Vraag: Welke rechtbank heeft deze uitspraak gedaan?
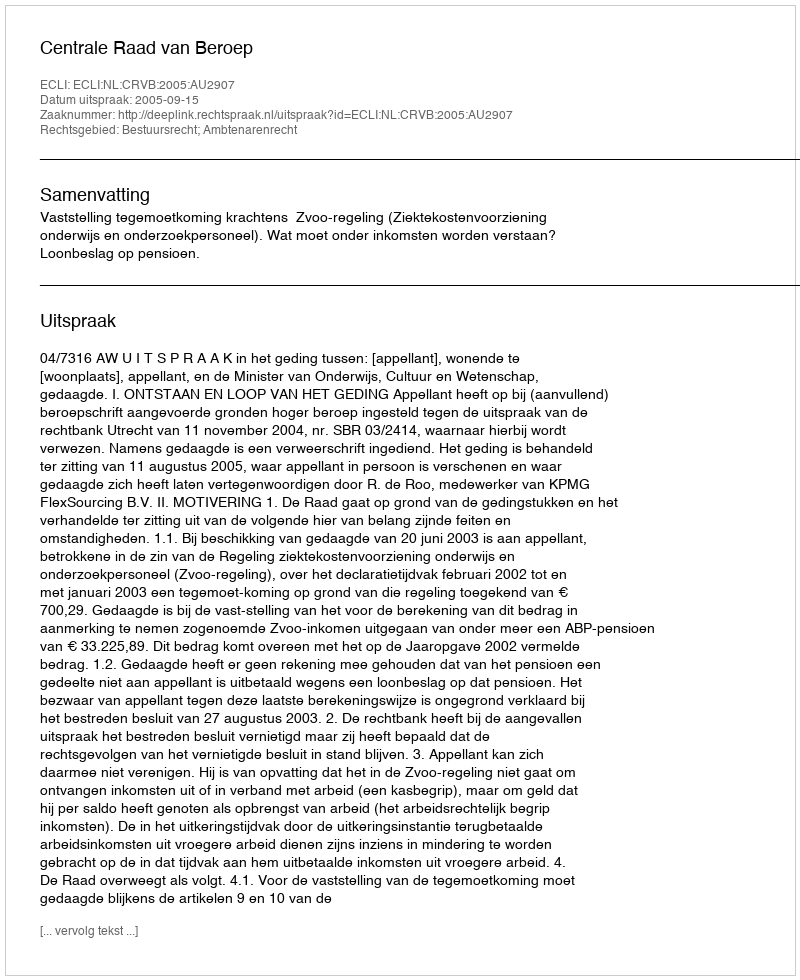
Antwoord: Centrale Raad van Beroep